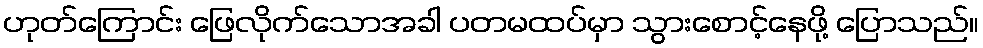
ဟုတ်ကြောင်း ဖြေလိုက်သောအခါ ပတမထပ်မှာ သွားစောင့်နေဖို့ ပြောသည်။